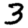
Digit: 3